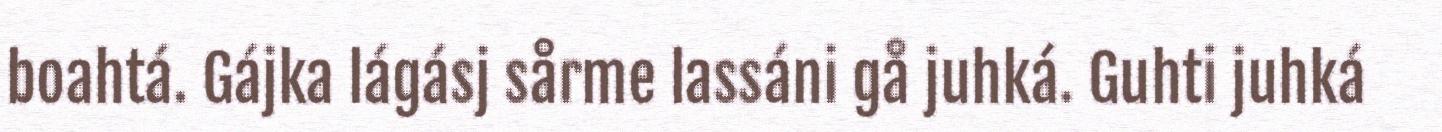
boahtá. Gájka lágásj sårme lassáni gå juhká. Guhti juhká